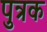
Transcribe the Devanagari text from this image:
पुत्रक